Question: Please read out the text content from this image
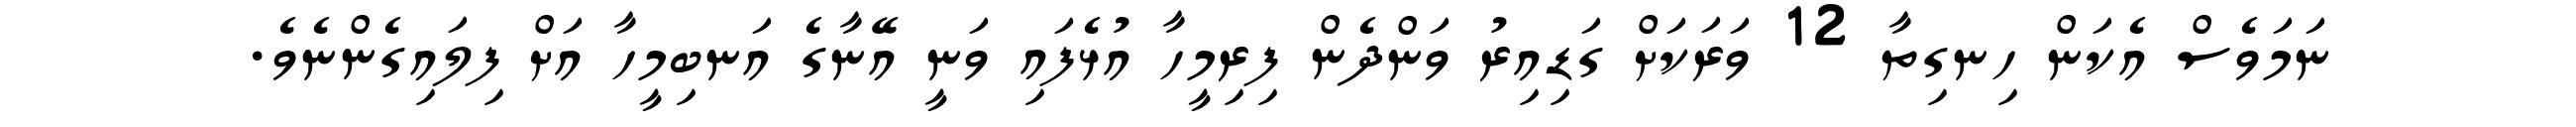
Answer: ނަމަވެސް އެކަން ހިނގިތާ 12 ވަރަކަށް ގަޑިއިރު ވަންދެން ފިރިމީހާ އުޅެފައި ވަނީ އޭނާގެ އަނބިމީހާ އަށް ފިލައިގެންނެވެ.